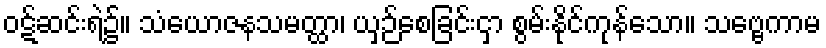
ဝဋ်ဆင်းရဲ၌။ သံယောဇနသမတ္ထာ၊ ယှဉ်စေခြင်းငှာ စွမ်းနိုင်ကုန်သော။ သဗ္ဗေကာမ